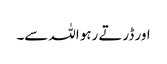
اور ڈرتے رہو اللہ سے۔